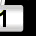
Digit: 1